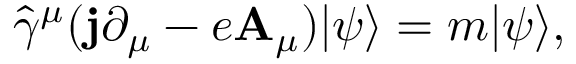
{ \hat { \gamma } } ^ { \mu } ( \mathbf { j } \partial _ { \mu } - e \mathbf { A } _ { \mu } ) | \psi \rangle = m | \psi \rangle ,